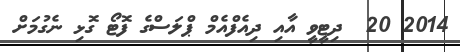
2014 20  ދިޓީވީ އާއި ދިއެފްއެމް ޕްލަސްގެ ފޮޓޯ ގޮޅި ނެގުމަށް